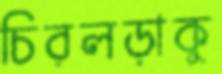
চিরলড়াকু